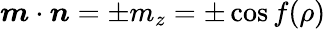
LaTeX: {\boldsymbol{m}}\cdot{\boldsymbol{n}}=\pm m_{z}=\pm\cos f(\rho)